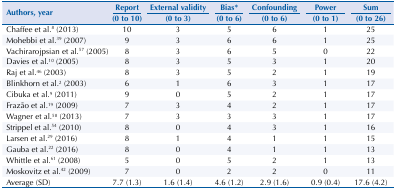
<table><thead><tr><td rowspan="2"><b>Authors, year</b></td><td><b>Report</b></td><td><b>External validity</b></td><td><b>Bias*</b></td><td><b>Confounding</b></td><td><b>Power</b></td><td><b>Sum</b></td></tr><tr><td><b>(0 to 10)</b></td><td><b>(0 to 3)</b></td><td><b>(0 to 6)</b></td><td><b>(0 to 6)</b></td><td><b>(0 to 1)</b></td><td><b>(0 to 26)</b></td></tr></thead><tbody><tr><td>Chaffee et al.8 (2013)</td><td>10</td><td>3</td><td>5</td><td>6</td><td>1</td><td>25</td></tr><tr><td>Mohebbi et al.39 (2007)</td><td>9</td><td>3</td><td>6</td><td>6</td><td>1</td><td>25</td></tr><tr><td>Vachirarojpsian et al.57 (2005)</td><td>8</td><td>3</td><td>6</td><td>5</td><td>0</td><td>22</td></tr><tr><td>Davies et al.10 (2005)</td><td>8</td><td>3</td><td>5</td><td>3</td><td>1</td><td>20</td></tr><tr><td>Raj et al.46 (2003)</td><td>8</td><td>3</td><td>5</td><td>2</td><td>1</td><td>19</td></tr><tr><td>Blinkhorn et al.2 (2003)</td><td>6</td><td>1</td><td>6</td><td>3</td><td>1</td><td>17</td></tr><tr><td>Cibuka et al.9 (2011)</td><td>9</td><td>0</td><td>5</td><td>2</td><td>1</td><td>17</td></tr><tr><td>Frazão et al.19 (2009)</td><td>7</td><td>3</td><td>4</td><td>2</td><td>1</td><td>17</td></tr><tr><td>Wagner et al.58 (2013)</td><td>7</td><td>3</td><td>3</td><td>3</td><td>1</td><td>17</td></tr><tr><td>Strippel et al.54 (2010)</td><td>8</td><td>0</td><td>4</td><td>3</td><td>1</td><td>16</td></tr><tr><td>Larsen et al.29 (2016)</td><td>8</td><td>1</td><td>4</td><td>1</td><td>1</td><td>15</td></tr><tr><td>Gauba et al.22 (2016)</td><td>8</td><td>0</td><td>4</td><td>1</td><td>1</td><td>13</td></tr><tr><td>Whittle et al.61 (2008)</td><td>5</td><td>0</td><td>5</td><td>2</td><td>1</td><td>13</td></tr><tr><td>Moskovitz et al.42 (2009)</td><td>7</td><td>0</td><td>2</td><td>2</td><td>0</td><td>11</td></tr><tr><td>Average (SD)</td><td>7.7 (1.3)</td><td>1.6 (1.4)</td><td>4.6 (1.2)</td><td>2.9 (1.6)</td><td>0.9 (0.4)</td><td>17.6 (4.2)</td></tr></tbody></table>